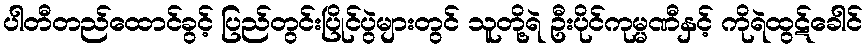
ပါတီတည်ထောင်ခွင့် ပြည်တွင်းပြိုင်ပွဲများတွင် သူတို့ရဲ ဦးပိုင်ကုမ္မဏီနှင့် ကိုရဲထွဋ်ခေါင်